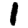
Digit: 1